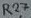
Text: R27